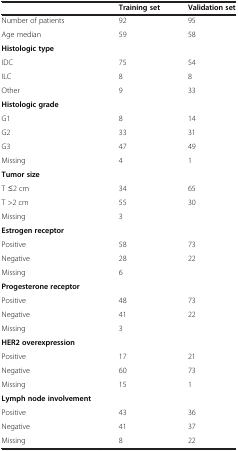
<table><thead><tr><td><b> </b></td><td><b>Training set</b></td><td><b>Validation set</b></td></tr></thead><tbody><tr><td>Number of patients</td><td>92</td><td>95</td></tr><tr><td>Age median</td><td>59</td><td>58</td></tr><tr><td><b>Histologic type</b></td><td> </td><td> </td></tr><tr><td>IDC</td><td>75</td><td>54</td></tr><tr><td>ILC</td><td>8</td><td>8</td></tr><tr><td>Other</td><td>9</td><td>33</td></tr><tr><td><b>Histologic grade</b></td><td> </td><td> </td></tr><tr><td>G1</td><td>8</td><td>14</td></tr><tr><td>G2</td><td>33</td><td>31</td></tr><tr><td>G3</td><td>47</td><td>49</td></tr><tr><td>Missing</td><td>4</td><td>1</td></tr><tr><td><b>Tumor size</b></td><td> </td><td> </td></tr><tr><td>T ≤2 cm</td><td>34</td><td>65</td></tr><tr><td>T &gt;2 cm</td><td>55</td><td>30</td></tr><tr><td>Missing</td><td>3</td><td> </td></tr><tr><td><b>Estrogen receptor</b></td><td> </td><td> </td></tr><tr><td>Positive</td><td>58</td><td>73</td></tr><tr><td>Negative</td><td>28</td><td>22</td></tr><tr><td>Missing</td><td>6</td><td> </td></tr><tr><td><b>Progesterone receptor</b></td><td> </td><td> </td></tr><tr><td>Positive</td><td>48</td><td>73</td></tr><tr><td>Negative</td><td>41</td><td>22</td></tr><tr><td>Missing</td><td>3</td><td> </td></tr><tr><td><b>HER2 overexpression</b></td><td> </td><td> </td></tr><tr><td>Positive</td><td>17</td><td>21</td></tr><tr><td>Negative</td><td>60</td><td>73</td></tr><tr><td>Missing</td><td>15</td><td>1</td></tr><tr><td><b>Lymph node involvement</b></td><td> </td><td> </td></tr><tr><td>Positive</td><td>43</td><td>36</td></tr><tr><td>Negative</td><td>41</td><td>37</td></tr><tr><td>Missing</td><td>8</td><td>22</td></tr></tbody></table>